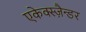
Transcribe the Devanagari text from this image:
एकेक्स्ज़ैन्डर